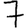
Digit: 7